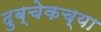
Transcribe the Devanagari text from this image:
दुब्चेकच्या